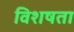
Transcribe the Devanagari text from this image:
विशषता